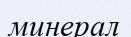
минерал